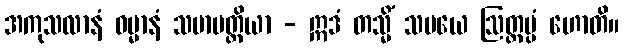
အကုသလာနံ ဓမ္မာနံ သမာပတ္တိယာ - ဣဒံ တသ္မိံ သမယေ ဩတ္တပ္ပံ ဟောတိ။